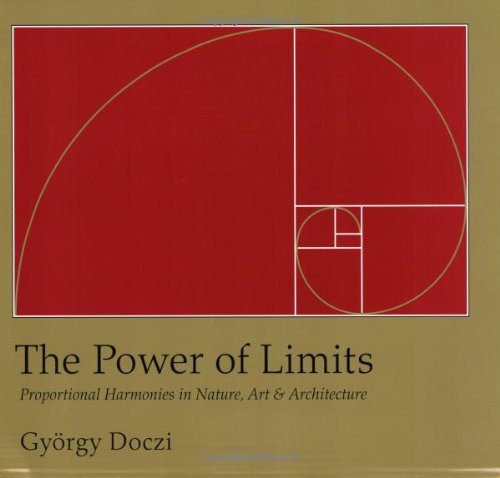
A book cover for The Power of Limits: Proportional Harmonies in Nature, Art, and Architecture; Gyorgy Doczi; Humor & Entertainment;